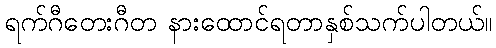
ရက်ဂီတေးဂီတ နားထောင်ရတာနှစ်သက်ပါတယ်။